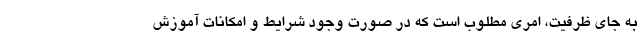
به جای ظرفیت، امری مطلوب است که در صورت وجود شرایط و امکانات آموزش